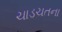
ચાડચતના